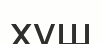
хуш